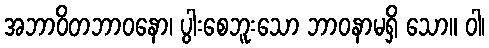
အဘာဝိတဘာဝနော၊ ပွါးစေဘူးသော ဘာဝနာမရှိ သော။ ဝါ၊